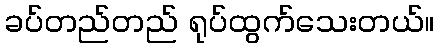
ခပ်တည်တည် ရုပ်ထွက်သေးတယ်။